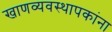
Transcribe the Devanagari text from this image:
खाणव्यवस्थापकांना